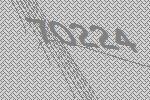
70224